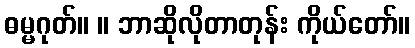
ဓမ္မဂုတ်။ ။ ဘာဆိုလိုတာတုန်း ကိုယ်တော်။